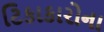
ટિકાકારોના